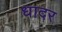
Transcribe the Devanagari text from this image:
धादर